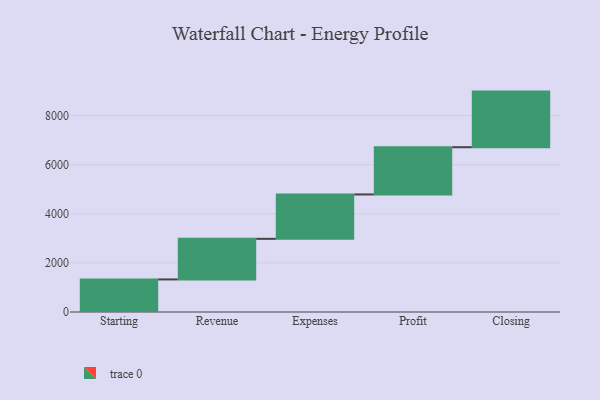
{"axis": {"x": "Step", "y": "Value"}, "legend": [""], "data": [{"x": "Starting", "y": 1327.0, "type": ""}, {"x": "Revenue", "y": 1654.0, "type": ""}, {"x": "Expenses", "y": 1809.0, "type": ""}, {"x": "Profit", "y": 1925.0, "type": ""}, {"x": "Closing", "y": 2266.0, "type": ""}]}